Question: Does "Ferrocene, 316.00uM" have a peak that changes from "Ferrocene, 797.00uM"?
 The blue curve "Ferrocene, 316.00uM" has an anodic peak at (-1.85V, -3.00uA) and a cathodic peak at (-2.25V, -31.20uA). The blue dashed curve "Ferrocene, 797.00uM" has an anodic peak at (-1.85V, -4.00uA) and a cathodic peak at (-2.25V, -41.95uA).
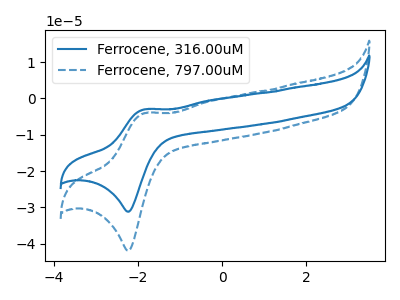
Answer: <think>All the peaks in "Ferrocene, 316.00uM" have a peak in "Ferrocene, 797.00uM" at the same potential.
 </think>
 <answer>No, "Ferrocene, 316.00uM" and "Ferrocene, 797.00uM" don't appear to be significantly different in shape</answer>
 <eval>no_change</eval>